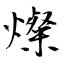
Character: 燦